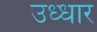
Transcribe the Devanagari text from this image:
उध्धार